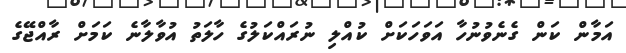
އަމާން ކަން ގެނެވުނުހާ އަވަހަކަށް ކުއްލި ނުރައްކަލުގެ ހާލަތު އުވާލާނެ ކަމަށް ރާއްޖޭގެ